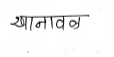
मजकूर: खानावळ